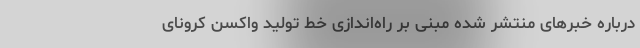
درباره خبرهای منتشر شده مبنی بر راه‌اندازی خط تولید واکسن کرونای